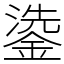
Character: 鍌